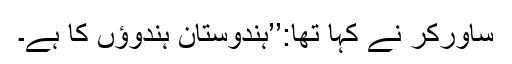
ساورکر نے کہا تھا:’’ہندوستان ہندوؤں کا ہے۔